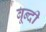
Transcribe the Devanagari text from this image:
बून्‍दी